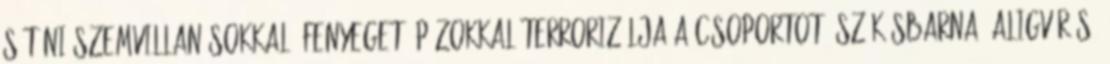
sátáni szemvillanásokkal, fenyegető pózokkal terrorizálja a csoportot. Szőkésbarna, aligvörös,